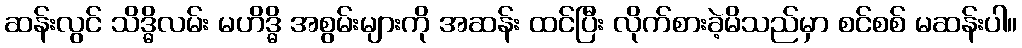
ဆန်းလွင် သိဒ္ဓိလမ်း မဟိဒ္ဓိ အစွမ်းများကို အဆန်း ထင်ပြီး လိုက်စားခဲ့မိသည်မှာ စင်စစ် မဆန်းပါ။